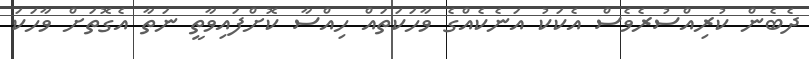
ދެބެން ކުރިއްސުރެވެސް އެކަކު އަނެކެއްގެ ވާހަކަތައް ހިއްސާ ކޮށްފައިވާތީ ނަތާ އެގޮތަށް ވާހަކަ